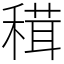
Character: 穁